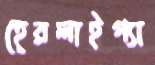
হেরলাইগ্যা